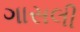
ગાસલી